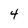
Character: 4